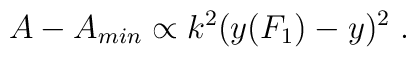
A - A_{min} \propto k^2 (y(F_1) - y)^2 \; .